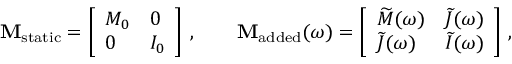
\mathbf { M } _ { \mathrm { s t a t i c } } = \left[ \begin{array} { l l } { M _ { 0 } } & { 0 } \\ { 0 } & { I _ { 0 } } \end{array} \right] \, , \qquad \mathbf { M } _ { \mathrm { a d d e d } } ( \omega ) = \left[ \begin{array} { l l } { \widetilde { M } ( \omega ) } & { \widetilde { J } ( \omega ) } \\ { \widetilde { J } ( \omega ) } & { \widetilde { I } ( \omega ) } \end{array} \right] \, ,